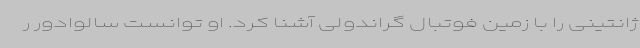
ژانتینی را با زمین فوتبال گراندولی آشنا کرد. او توانست سالوادور ر